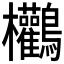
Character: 𪈻